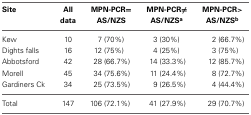
<table><thead><tr><td><b>Site</b></td><td><b>All data</b></td><td><b>MPN-PCR=AS/NZS</b></td><td><b>MPN-PCR≠AS/NZS<sup>a</sup></b></td><td><b>MPN-PCR&gt;AS/NZS<sup>b</sup></b></td></tr></thead><tbody><tr><td>Kew</td><td>10</td><td>7 (70%)</td><td>3 (30%)</td><td>2 (66.7%)</td></tr><tr><td>Dights falls</td><td>16</td><td>12 (75%)</td><td>4 (25%)</td><td>3 (75%)</td></tr><tr><td>Abbotsford</td><td>42</td><td>28 (66.7%)</td><td>14 (33.3%)</td><td>12 (85.7%)</td></tr><tr><td>Morell</td><td>45</td><td>34 (75.6%)</td><td>11 (24.4%)</td><td>8 (72.7%)</td></tr><tr><td>Gardiners Ck</td><td>34</td><td>25 (73.5%)</td><td>9 (26.5%)</td><td>4 (44.4%)</td></tr><tr><td>Total</td><td>147</td><td>106 (72.1%)</td><td>41 (27.9%)</td><td>29 (70.7%)</td></tr></tbody></table>